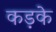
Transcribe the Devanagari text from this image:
कड़के